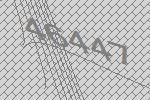
46447